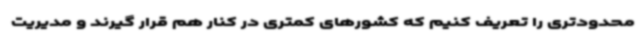
محدودتری را تعریف کنیم که کشورهای کمتری در کنار هم قرار گیرند و مدیریت